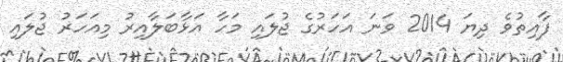
ފާއިތުވެ ދިޔަ 2014 ވަނަ އަހަރުގެ ޖުލައި މަހާ އަޅާބަލާއިރު މިއަހަރު ޖުލައި